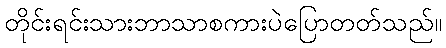
တိုင်းရင်းသားဘာသာစကားပဲပြောတတ်သည်။